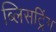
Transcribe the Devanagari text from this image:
ब्लिसट्रिंग